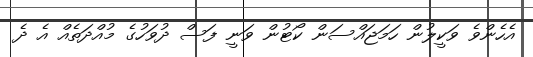
އެހެންވެ ވަކީލުން ހަމަޖައްސަން ކޯޓުން ވަނީ ފަސް ދުވަހުގެ މުއްދަތެއް އެ ދެ